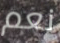
نعم